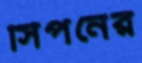
সিপনের